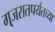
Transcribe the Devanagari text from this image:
गुजरातपर्यंतच्या